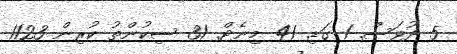
5 ދުވަސް